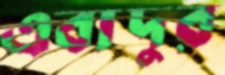
এবাদুর